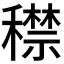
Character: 𥢻